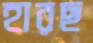
হারছ